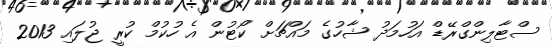
ސްޓާލިންގްރޭޑް އަހުމަދު ޝާހުގެ މައްޗަށް ކޯޓުން އެ ހުކުމް ކުރީ ޖުލައި 2013